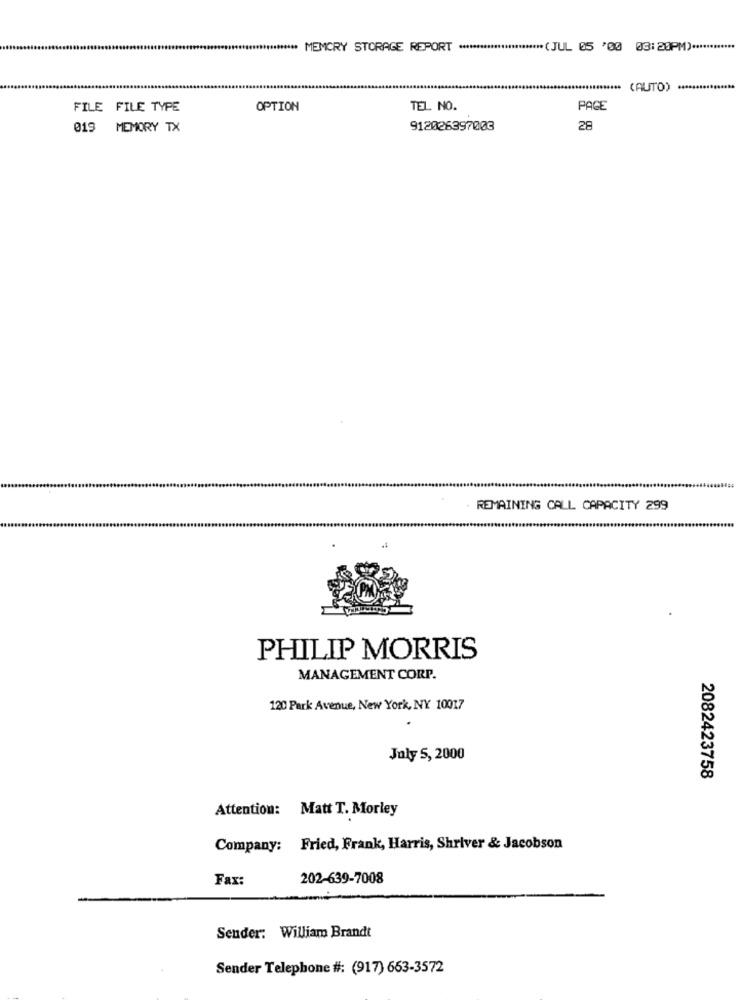
**** MEMORY STORAGE REPORT ****
******* (JUL 05 '00 03: 20PM).
*** (AUTO) ............
FILE FILE TYPE
OPTION
TEL. NO.
PAGE
019 MEMORY TX
912026397003
28
REMAINING CALL CAPACITY 299
PHILIP MORRIS
MANAGEMENT CORP.
120 Park Avenue, New York, NY 10017
July 5, 2000
2082423758
Attention: Matt T. Morley
Company: Fried, Frank, Harris, Shriver & Jacobson
Fax:
202-639-7008
Sender: William Brandt
Sender Telephone #: (917) 663-3572